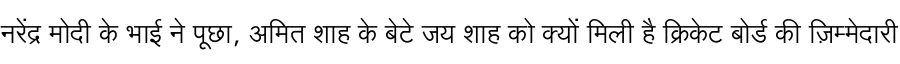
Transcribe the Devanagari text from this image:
नरेंद्र मोदी के भाई ने पूछा, अमित शाह के बेटे जय शाह को क्यों मिली है क्रिकेट बोर्ड की ज़िम्मेदारी